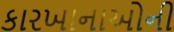
કારખાનાઓની